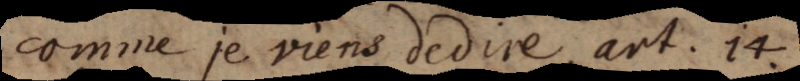
comme je viens dedire, ant. 14